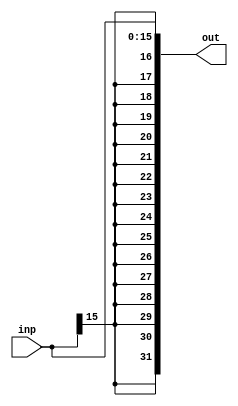
module SignEx(inp, out);
input [15:0] inp;
output [31:0] out;

	assign out = {{16{inp[15]}}, inp};

endmodule